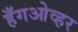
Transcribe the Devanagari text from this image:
हँगओव्हर